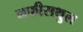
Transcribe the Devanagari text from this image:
नफीसथुल